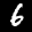
Label: 6